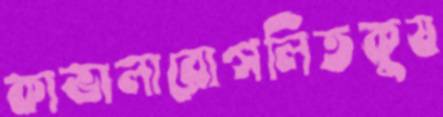
কাভালারোগলিতকুষ